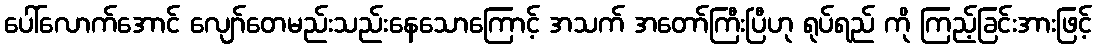
ပေါ်လောက်အောင် လျော်တေမည်းသည်းနေသောကြောင့် အသက် အတော်ကြီးပြီဟု ရုပ်ရည် ကို ကြည့်ခြင်းအားဖြင့်